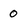
Character: 0